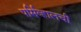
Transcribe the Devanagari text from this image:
पर्सिव्हालची